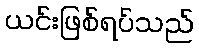
ယင်းဖြစ်ရပ်သည်